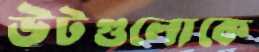
উটগুলোকে